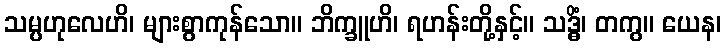
သမ္ပဟုလေဟိ၊ များစွာကုန်သော။ ဘိက္ခူဟိ၊ ရဟန်းတို့နှင့်။ သဒ္ဓိံ၊ တကွ။ ယေန၊